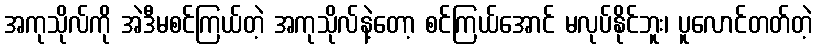
အကုသိုလ်ကို အဲဒီမစင်ကြယ်တဲ့ အကုသိုလ်နဲ့တော့ စင်ကြယ်အောင် မလုပ်နိုင်ဘူး၊ ပူလောင်တတ်တဲ့